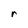
Character: r